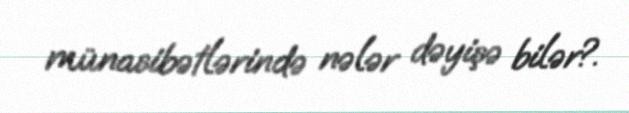
münasibətlərində nələr dəyişə bilər?.